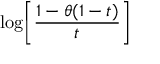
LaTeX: \log \! \left[ { \frac { 1 - \theta ( 1 - t ) } { t } } \right]